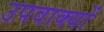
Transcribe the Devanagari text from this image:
उपवाक्यों